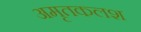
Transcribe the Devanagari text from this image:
अमृतकलश